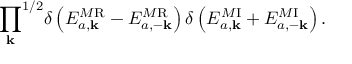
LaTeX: { \prod _ { \bf k } } ^ { 1 / 2 } \delta \left( { \cal E } _ { a , \bf k } ^ { M \mathrm { R } } - { \cal E } _ { a , - \bf k } ^ { M \mathrm { R } } \right) \delta \left( { \cal E } _ { a , \bf k } ^ { M \mathrm { I } } + { \cal E } _ { a , - \bf k } ^ { M \mathrm { I } } \right) .